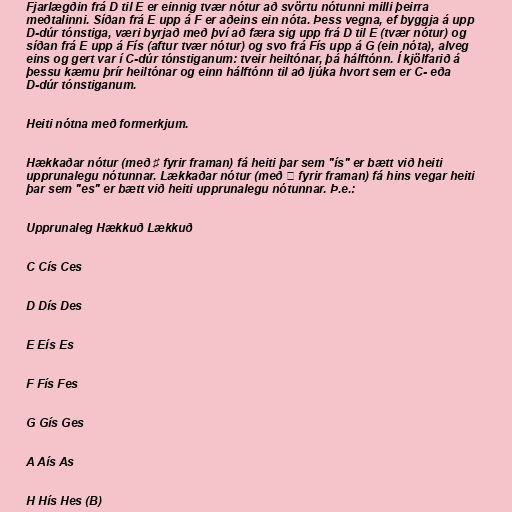
Fjarlægðin frá D til E er einnig tvær nótur að svörtu nótunni milli þeirra
meðtalinni. Síðan frá E upp á F er aðeins ein nóta. Þess vegna, ef byggja á upp
D-dúr tónstiga, væri byrjað með því að færa sig upp frá D til E (tvær nótur) og
síðan frá E upp á Fís (aftur tvær nótur) og svo frá Fís upp á G (ein nóta), alveg
eins og gert var í C-dúr tónstiganum: tveir heiltónar, þá hálftónn. Í kjölfarið á
þessu kæmu þrír heiltónar og einn hálftónn til að ljúka hvort sem er C- eða
D-dúr tónstiganum.

Heiti nótna með formerkjum.

Hækkaðar nótur (með ♯ fyrir framan) fá heiti þar sem "ís" er bætt við heiti
upprunalegu nótunnar. Lækkaðar nótur (með ♭ fyrir framan) fá hins vegar heiti
þar sem "es" er bætt við heiti upprunalegu nótunnar. Þ.e.:

Upprunaleg Hækkuð Lækkuð

C Cís Ces

D Dís Des

E Eís Es

F Fís Fes

G Gís Ges

A Aís As

H Hís Hes (B)